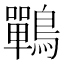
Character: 鷤